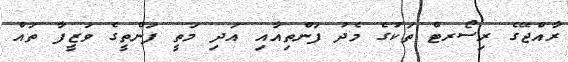
ރާއްޖޭގެ ރިސޯރޓް ތަކުގެ މެދު ފަންތިއާއި އަދި މަތީ ފަންތީގެ ވަޒީފާ ތައް